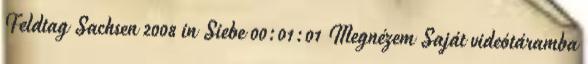
Feldtag Sachsen 2008 in Siebe 00:01:01 Megnézem Saját videótáramba